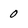
Character: 0